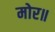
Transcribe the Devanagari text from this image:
मोर॥